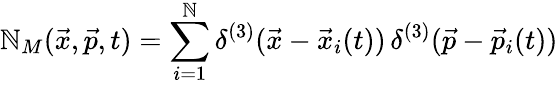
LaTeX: \mathbb{N}_{M}(\vec{{x}},\vec{{p}},t)=\sum_{i=1}^{\mathbb{N}}\delta^{(3)}(\vec{{x}}-\vec{{x}}_{i}(t))\, \delta^{(3)}(\vec{{p}}-\vec{{p}}_{i}(t))